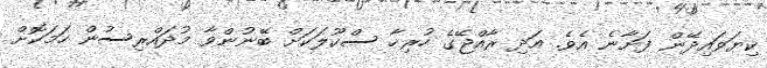
ކިޔަވައިދޭން ފަށާނެ އެވެ. އަދި ރާއްޖޭގެ ހުރިހާ ސްކޫލަކަށް ބޭނުންވާ މުދައްރިސުން ހަމަކޮށް